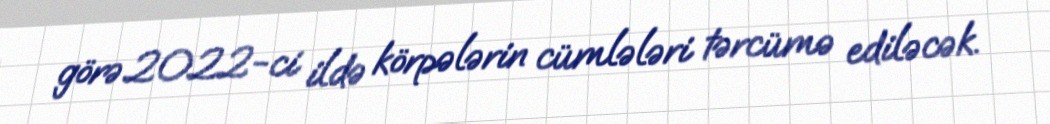
görə 2022-ci ildə körpələrin cümlələri tərcümə ediləcək.